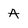
Character: A